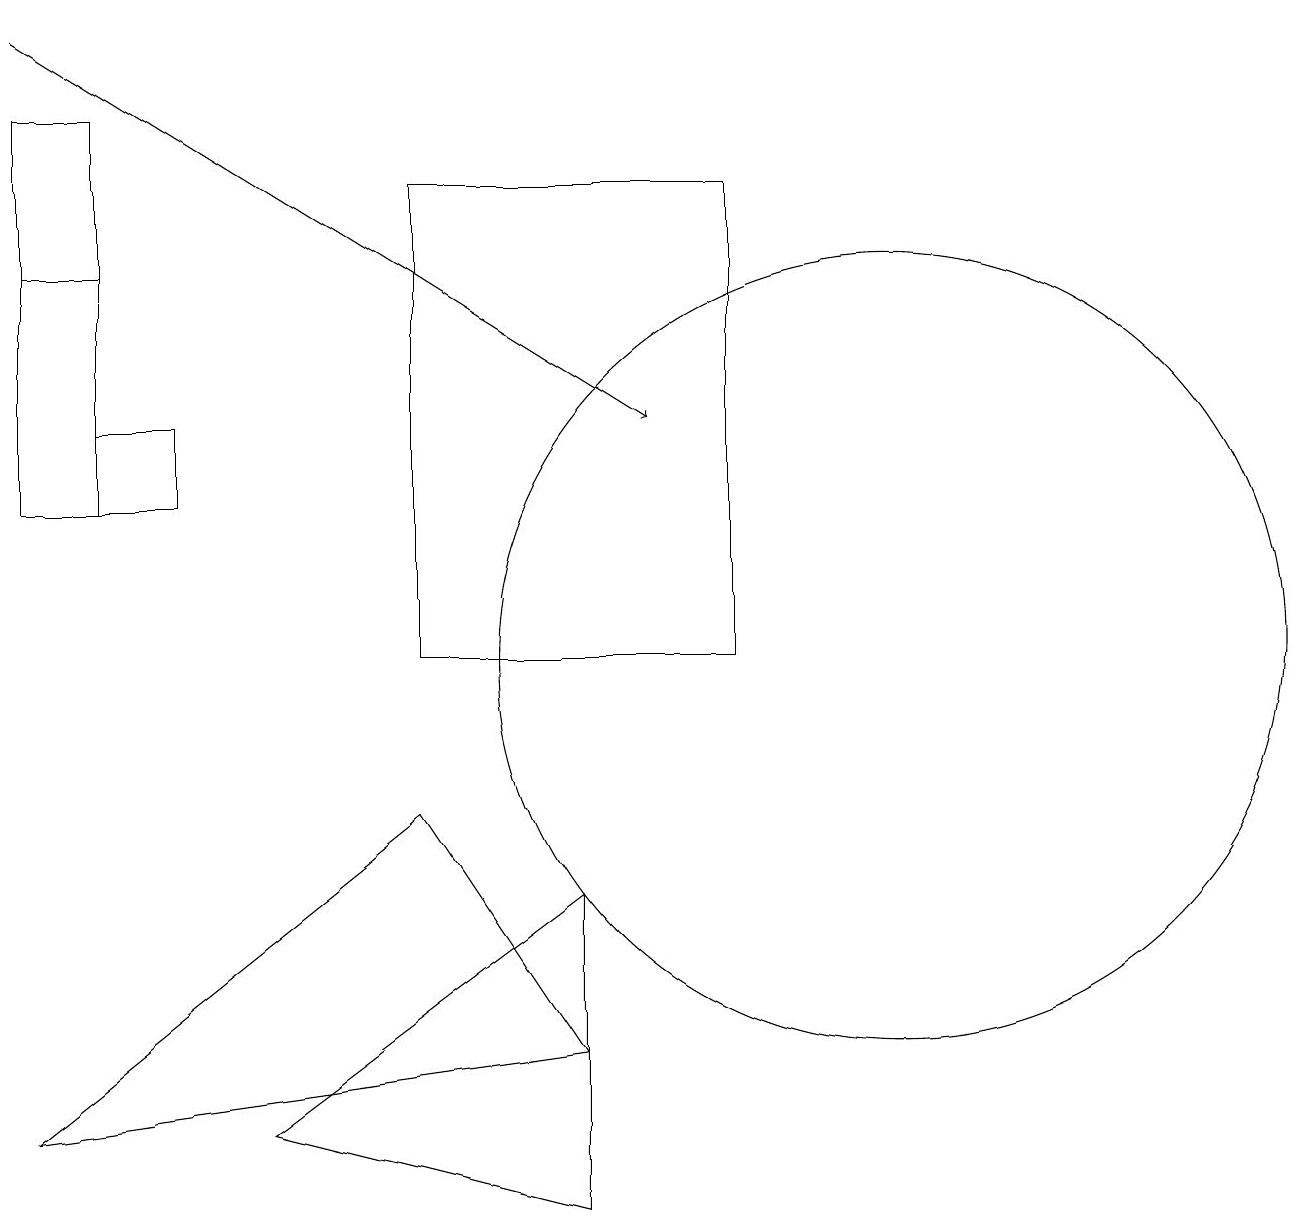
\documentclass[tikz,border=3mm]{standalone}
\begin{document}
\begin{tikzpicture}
\draw (7,7) -- (7,3) -- (3,4) -- cycle;
\draw (1,12) rectangle (2,13);
\draw[->] (0,18) -- (8,13);
\draw (11,10) circle (5);
\draw (5,10) rectangle (9,16);
\draw (5,8) -- (7,5) -- (0,4) -- cycle;
\draw (1,15) rectangle (0,12);
\draw (0,17) rectangle (1,12);
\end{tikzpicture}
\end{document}